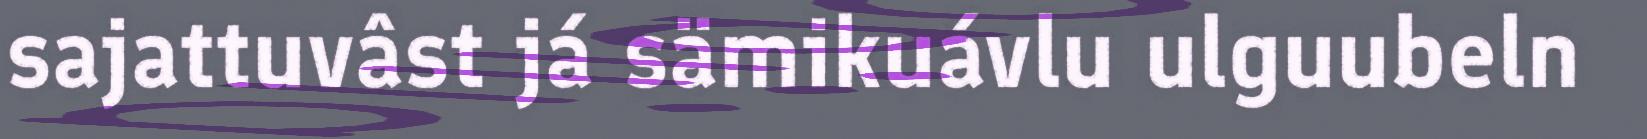
sajattuvâst já sämikuávlu ulguubeln